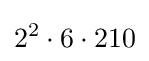
2^{2}\cdot 6\cdot 210